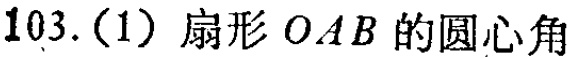
103.(1) 扇形 \(OAB\) 的圆心角